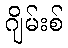
ဂျိမ်းစ်